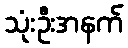
သုံးဦးအနက်